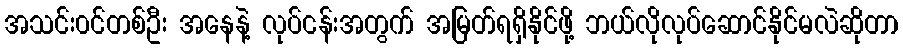
အသင်း၀င်တစ်ဦး အနေနဲ့ လုပ်ငန်းအတွက် အမြတ်ရရှိနိုင်ဖို့ ဘယ်လိုလုပ်ဆောင်နိုင်မလဲဆိုတာ